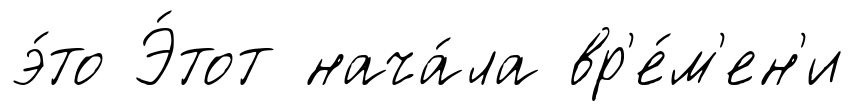
э́то Э́тот нача́ла вр'е́м'ен'и